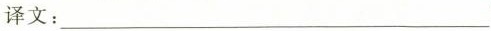
译文：___